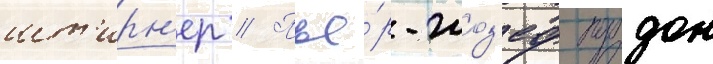
шт'ирн'ер // Пье́р-жоз'еф прудон